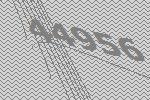
44956